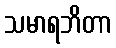
သမာရဘိတာ